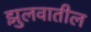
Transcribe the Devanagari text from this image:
झुलवातील